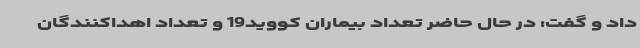
داد و گفت: در حال حاضر تعداد بیماران کووید19 و تعداد اهداکنندگان